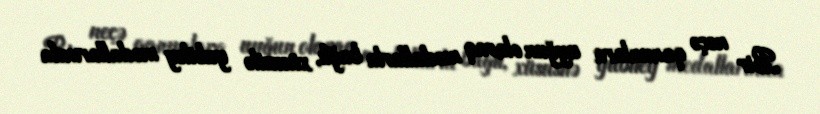
Bir neçə qanunlara uyğun olaraq medallarla bağlı, xüsusilə yubiley medallarında